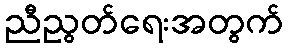
ညီညွတ်ရေးအတွက်